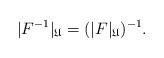
LaTeX: \begin{align*}|F^{-1}|_\mathfrak{U}=(|F|_\mathfrak{U})^{-1}.\end{align*}